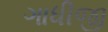
ગાધીજી